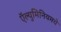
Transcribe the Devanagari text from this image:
ऍल्युमिनियमचे